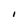
Character: I